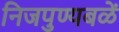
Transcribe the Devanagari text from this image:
निजपुण्यबळें